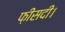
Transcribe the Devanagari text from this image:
फ़ीसदी।